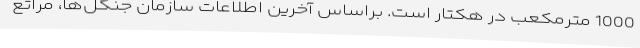
1000 مترمکعب در هکتار است. براساس آخرین اطلاعات سازمان جنگل‌ها، مراتع